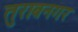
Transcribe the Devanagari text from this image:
तुराबनगर